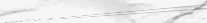
تأجير السيارات: سيارات حد